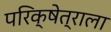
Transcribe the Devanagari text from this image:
परिक्षेत्राला